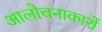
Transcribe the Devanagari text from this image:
आलोचनाकारों